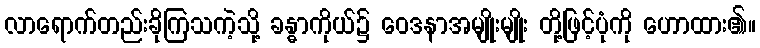
လာရောက်တည်းခိုကြသကဲ့သို့ ခန္ဓာကိုယ်၌ ဝေဒနာအမျိုးမျိုး တို့ဖြင့်ပုံကို ဟောထား၏။